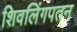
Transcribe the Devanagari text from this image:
शिवलिंगपतन